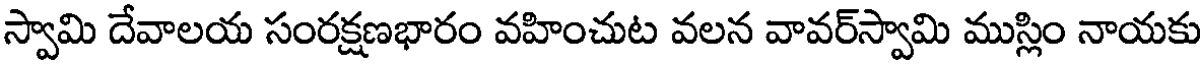
స్వామి దేవాలయ సంరక్షణభారం వహించుట వలన వావర్స్వామి ముస్లిం నాయకు